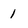
Character: 1